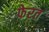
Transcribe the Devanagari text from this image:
फेरत